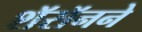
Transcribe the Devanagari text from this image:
शॅरॉनने